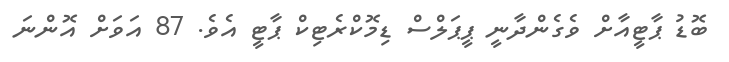
ބޮޑު ޕާޓީއާށް ވެގެންދާނީ ޕީޕަލްސް ޑިމޮކްރެޓިކް ޕާޓީ އެވެ. 87 އަވަށް އޮންނަ